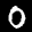
Label: 0